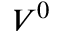
V ^ { 0 }